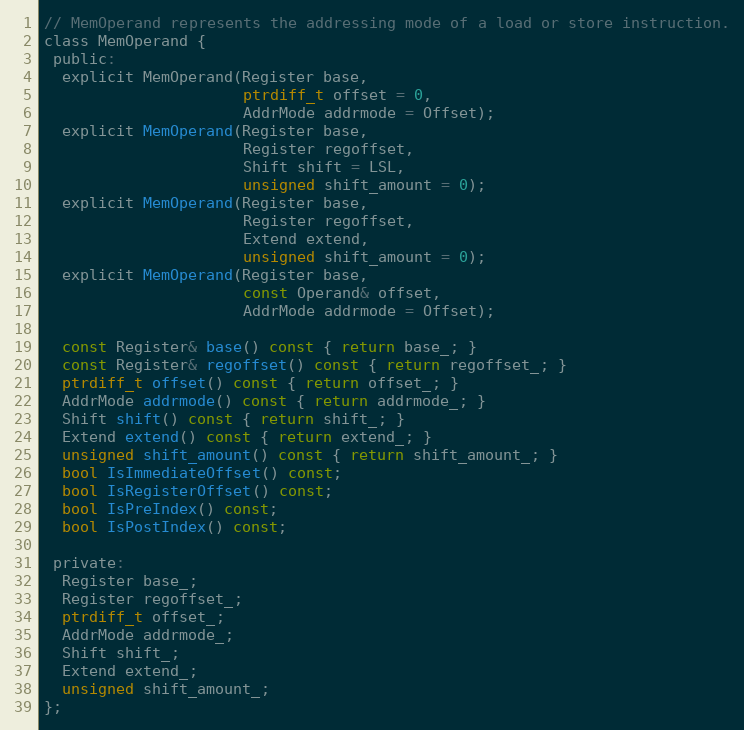
Language: C
// MemOperand represents the addressing mode of a load or store instruction.
class MemOperand {
 public:
  explicit MemOperand(Register base,
                      ptrdiff_t offset = 0,
                      AddrMode addrmode = Offset);
  explicit MemOperand(Register base,
                      Register regoffset,
                      Shift shift = LSL,
                      unsigned shift_amount = 0);
  explicit MemOperand(Register base,
                      Register regoffset,
                      Extend extend,
                      unsigned shift_amount = 0);
  explicit MemOperand(Register base,
                      const Operand& offset,
                      AddrMode addrmode = Offset);

  const Register& base() const { return base_; }
  const Register& regoffset() const { return regoffset_; }
  ptrdiff_t offset() const { return offset_; }
  AddrMode addrmode() const { return addrmode_; }
  Shift shift() const { return shift_; }
  Extend extend() const { return extend_; }
  unsigned shift_amount() const { return shift_amount_; }
  bool IsImmediateOffset() const;
  bool IsRegisterOffset() const;
  bool IsPreIndex() const;
  bool IsPostIndex() const;

 private:
  Register base_;
  Register regoffset_;
  ptrdiff_t offset_;
  AddrMode addrmode_;
  Shift shift_;
  Extend extend_;
  unsigned shift_amount_;
};